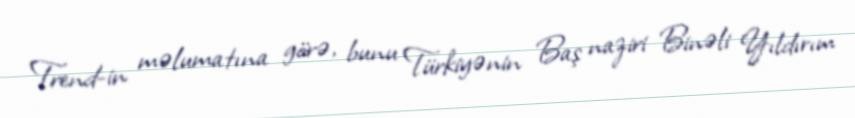
Trend-in məlumatına görə, bunu Türkiyənin Baş naziri Binəli Yıldırım